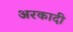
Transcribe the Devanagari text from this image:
अरकादी